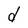
Character: d